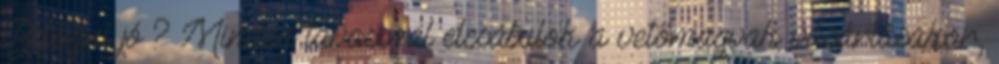
Befőzni jó ? Minden tavasszal elcsábulok a vetőmagvak vásárlásakor,